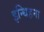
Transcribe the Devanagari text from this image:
इन्धिहना